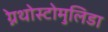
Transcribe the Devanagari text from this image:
ग्नेथोस्टोमुलिडा